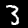
Label: 3